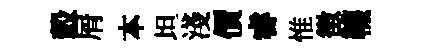
轂屑本坦淺價睿惟徴韈